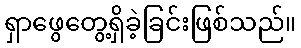
ရှာဖွေတွေ့ရှိခဲ့ခြင်းဖြစ်သည်။